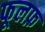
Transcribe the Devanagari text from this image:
फूलफ़